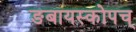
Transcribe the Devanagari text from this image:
ङबायस्कोपच्